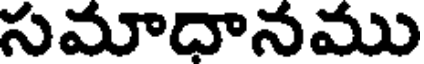
సమాధానము